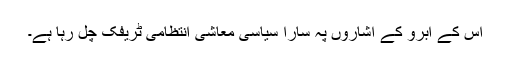
اُس کے ابرو کے اشاروں پہ سارا سیاسی معاشی انتظامی ٹریفک چل رہا ہے۔